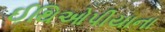
ઈથિઓપીયાના